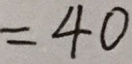
= 4 0